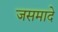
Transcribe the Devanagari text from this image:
जसमादे